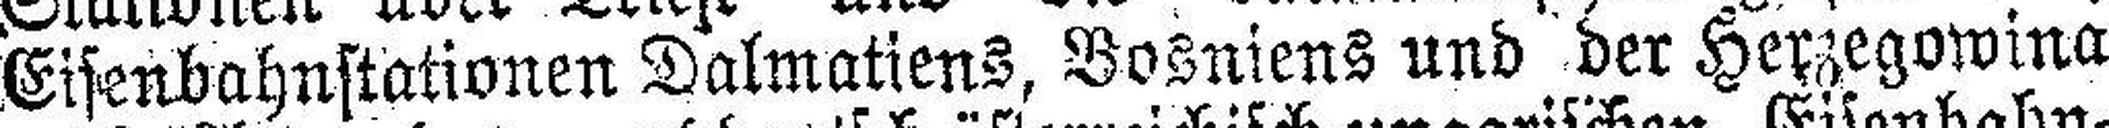
Eisenbahnstationen Dalmatiens, Bosniens und der Herzegowina